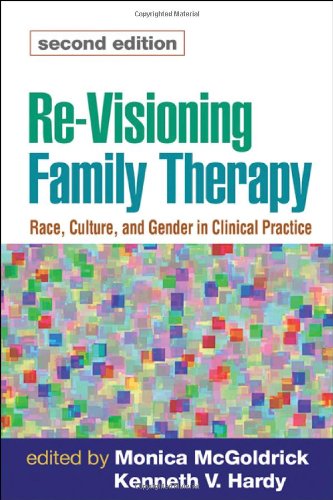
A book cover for Re-Visioning Family Therapy, Second Edition: Race, Culture, and Gender in Clinical Practice (Revisioning Family Therapy: Race, Culture, & Gender in); Medical Books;